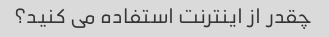
چقدر از اینترنت استفاده می کنید؟